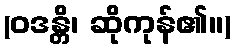
(ဝဒန္တိ၊ ဆိုကုန်၏။)